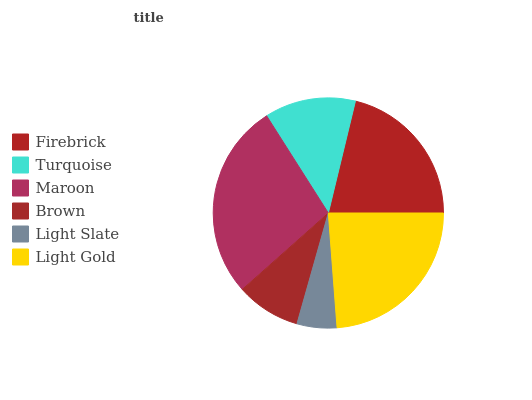
| Firebrick | Turquoise | Maroon | Brown | Light Slate | Light Gold |
 | --- | --- | --- | --- | --- | --- |
 | 21.2% | 12.8% | 27.6% | 9.07% | 5.6% | 23.8% |